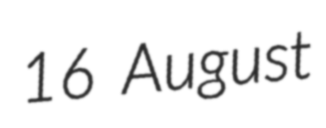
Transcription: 16 August